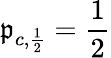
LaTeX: \mathfrak{p}_{c,\frac{{1}}{{2}}}=\frac{{1}}{{2}}